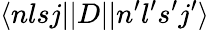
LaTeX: \langle nlsj||D||n^{\prime}l^{\prime}s^{\prime}j^{\prime}\rangle